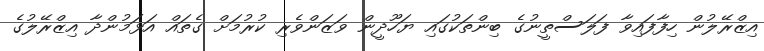
އިޒްރޭލުން ހިފާފައިވާ ފަލަސްތީނުގެ ބިންތަކުގައި ޔަހޫދީން ވަޒަންވެރި ކުރުމަށް ގެތައް އަޅަމުންދާ އިޒްރޭލުގެ